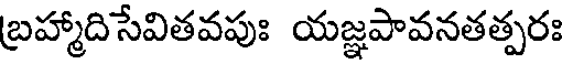
బ్రహ్మాదిసేవితవపుః యజ్ఞపావనతత్పరః